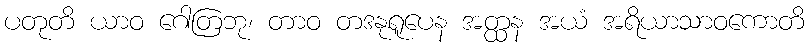
ပတုတိ ယာဝ ဂေါတြဘု၊ တာဝ တဒနုရူပေန အတ္ထန အယံ အရိယာသာဝကောတိ